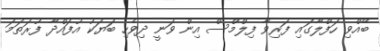
ބޭއްވި ހަފްލާގައި ފަރިވާ ފިލްމްސް އިން ވަނީ ދިވެހި ބަޔަކު އުފައްދާ ފުރަތަމަ